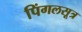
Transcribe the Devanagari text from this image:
पिंगलसूत्र